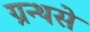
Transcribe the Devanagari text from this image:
ग्रन्थसे